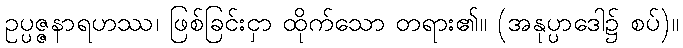
ဥပ္ပဇ္ဇနာရဟဿ၊ ဖြစ်ခြင်းငှာ ထိုက်သော တရား၏။ (အနုပ္ပာဒေါ၌ စပ်)။